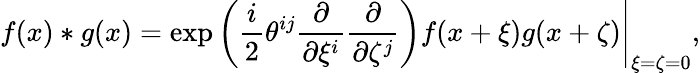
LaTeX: f(x)\ast g(x)=\exp\left.\left(\frac{i}{2}\theta^{ij}\frac{\partial}{\partial\xi^{i}}\frac{\partial}{\partial\zeta^{j}}\right)f(x+\xi)g(x+\zeta)\right|_{\xi=\zeta=0},